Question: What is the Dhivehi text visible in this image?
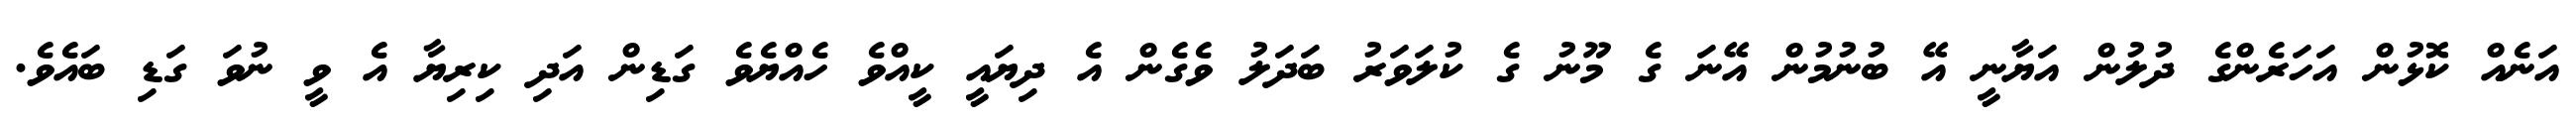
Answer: އަނެއް ކޮޅުން އަހަރެންގެ ދުލުން އަޔާނީ އޭ ބުނުމުން އޭނަ ގެ މޫނު ގެ ކުލަވަރު ބަދަލު ވެގެން އެ ދިޔައީ ކީއްވެ ހެއްޔެވެ ގަޑިން އަދި ކިރިޔާ އެ ވީ ނުވަ ގަޑި ބައެވެ.